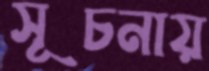
সূচনায়